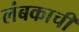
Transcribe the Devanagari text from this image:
लंबकाची